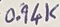
Text: 0.94K